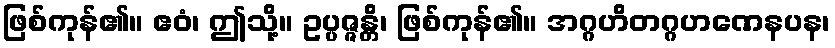
ဖြစ်ကုန်၏။ ဧဝံ၊ ဤသို့။ ဥပ္ပဇ္ဇန္တိ၊ ဖြစ်ကုန်၏။ အဂ္ဂဟိတဂ္ဂဟဏေနပန၊